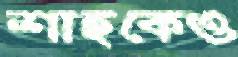
শাহকেও